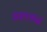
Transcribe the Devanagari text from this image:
अष्टाश्राद्ध